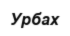
Урбах